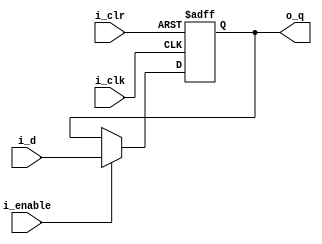
//*******************************FILE HEAD**************************************
//*********************Verilog HDL *********************
// FUNCTION        : D
// AUTHOR          : 
// DATE & REVISION : 
// COMPANY         : Verilog HDL 
// UPDATE          :
//******************************************************************************
`timescale 1ns/1ns

module d_trig
    (
        input i_clk, //
        input i_clr, //        
        input i_enable,  //
        input i_d, // 
        
        output  o_q //
    );
    
    //o_data
    reg  r_q;
    
    assign o_q = r_q; //assign
   
    //D
    //always
    //,or,
    always @(posedge i_clk, posedge i_clr) 
    begin 
        if(1'b1 == i_clr) //
                    r_q = 1'b0;                        
   	    else if(1'b1 == i_enable) //
   	        r_q <= i_d; 
	end    
endmodule

//module d_trig
//    (
//        input i_clk, //
//        input i_d, // 
//        
//        output  o_q //
//    );
//    
//    //o_data
//    reg  r_q;
//    
//    assign o_q = r_q; //assign
//   
//    //D
//    //always
//    //posedge i_clki_clk
//    always @(posedge i_clk) 
//    begin                   
//   	    r_q <= i_d; //
//	end
//    
//endmodule
// END OF d_trig.v FILE ***************************************************